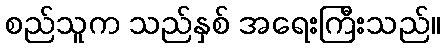
စည်သူက သည်နှစ် အရေးကြီးသည်။